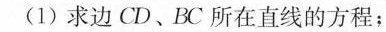
(1)求边CD、BC所在直线的方程；